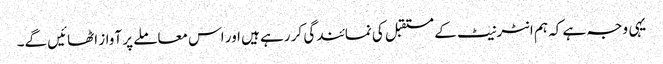
یہی وجہ ہے کہ ہم انٹرنیٹ کے مستقبل کی نمائندگی کر رہے ہیں اور اس معاملے پر آواز اٹھائیں گے۔